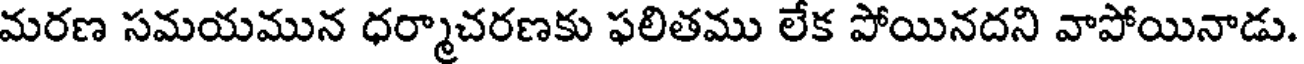
మరణ సమయమున ధర్మాచరణకు ఫలితము లేక పోయినదని వాపోయినాడు.